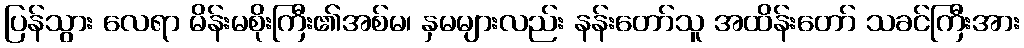
ပြန်သွား လေရာ မိန်းမစိုးကြီး၏အစ်မ၊ နှမများလည်း နန်းတော်သူ အထိန်းတော် သခင်ကြီးအား